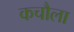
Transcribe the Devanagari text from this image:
कचौला